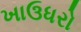
ખાઉધરો